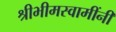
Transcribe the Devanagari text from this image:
श्रीभीमस्वामींनी